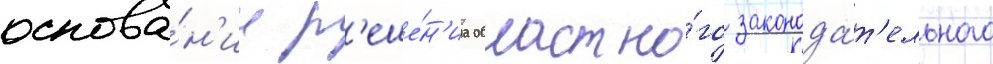
основа́н'ии р'еше́н'иа областно́го законода́т'ельного